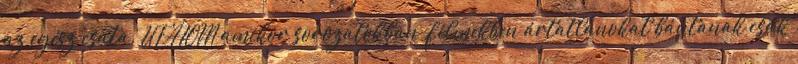
az egész csata. UTÁLOM amikor sorozatokban filmekben ártatlanokat bántanak csak